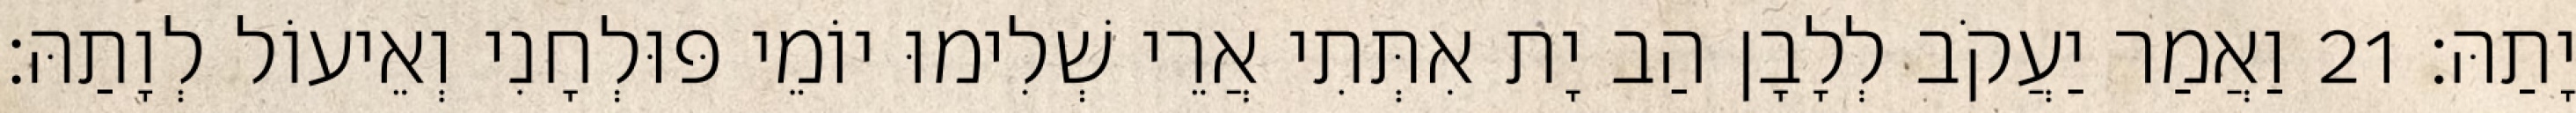
יָתַהּ׃ 21 וַאֲמַר יַעֲקֹב לְלָבָן הַב יָת אִתְּתִי אֲרֵי שְׁלִימוּ יוֹמֵי פּוּלְחָנִי וְאֵיעוֹל לְוָתַהּ׃